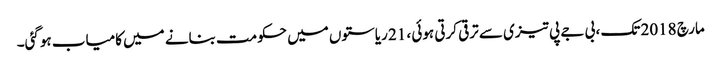
مارچ 2018 تک ، بی جے پی تیزی سے ترقی کرتی ہوئی ، 21 ریاستوں میں حکومت بنانے میں کامیاب ہوگئی۔